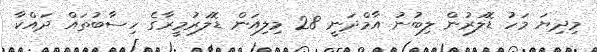
މިދިޔަ މަހު ޑޮލަރުން ލިބުނު އާމްދަނީ 28 މިލިއަން ޑޮލަރުމީރާގެ ހިސާބުތައް ދައްކާ